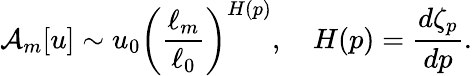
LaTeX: \mathcal{A}_{m}[u]\sim u_{0}\left(\frac{\ell_{m}}{\ell_{0}}\right)^{H(p)},\quad H(p)=\frac{d\zeta_{p}}{dp}.